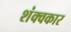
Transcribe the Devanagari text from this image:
शंक्वकार